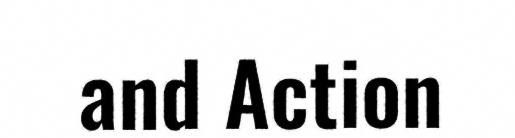
and Action